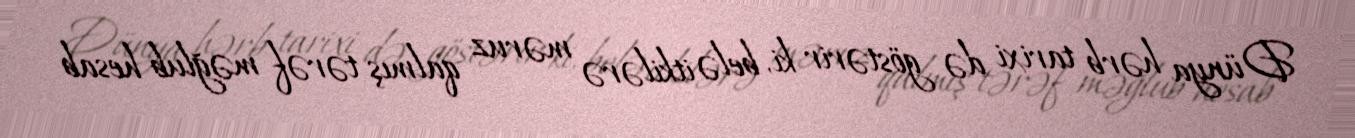
Dünya hərb tarixi də göstərir ki, belə itkilərə məruz qalmış tərəf məğlub hesab